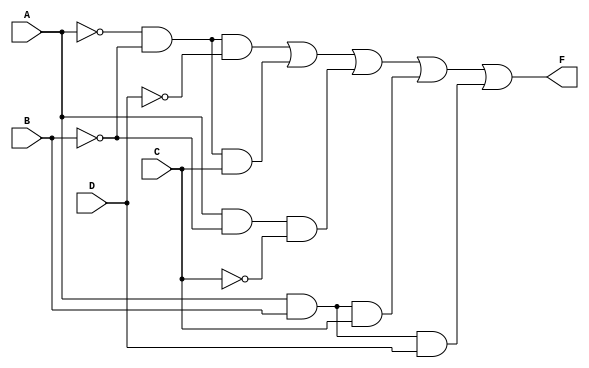
module kmap_four_variable (
    input wire A,    // Input A
    input wire B,    // Input B
    input wire C,    // Input C
    input wire D,    // Input D
    output wire F    // Output F
);

// Internal signals for the product terms
wire term1, term2, term3, term4, term5;

// Define the product terms based on the simplified Boolean expression
assign term1 = ~A & ~B & ~D;  // A'B'D'
assign term2 = ~A & ~B & C;   // A'B'C
assign term3 = A & ~B & ~C;   // AB'C'
assign term4 = A & B & C;     // ABC
assign term5 = A & B & D;     // ABD

// The final output F is the OR of all product terms
assign F = term1 | term2 | term3 | term4 | term5;

endmodule